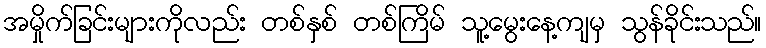
အမှိုက်ခြင်းများကိုလည်း တစ်နှစ် တစ်ကြိမ် သူ့မွေးနေ့ကျမှ သွန်ခိုင်းသည်။